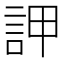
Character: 䛅